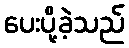
ပေးပို့ခဲ့သည်